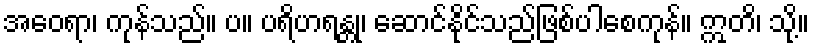
အဝေရာ၊ ကုန်သည်။ ပ။ ပရိဟရန္တု၊ ဆောင်နိုင်သည်ဖြစ်ပါစေကုန်။ ဣတိ၊ သို့။